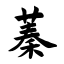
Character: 蓁